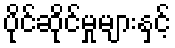
ပိုင်ဆိုင်မှုများနှင့်